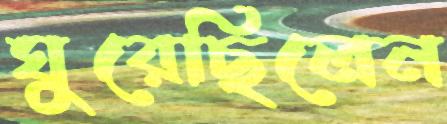
ঘুরেছিলেন